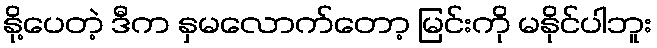
နို့ပေတဲ့ ဒီက နှမလောက်တော့ မြင်းကို မနိုင်ပါဘူး